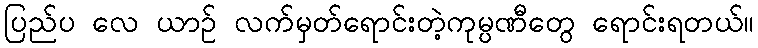
ပြည်ပ လေ ယာဉ် လက်မှတ်ရောင်းတဲ့ကုမ္ပဏီတွေ ရောင်းရတယ်။